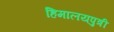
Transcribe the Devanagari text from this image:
हिमालयपुत्री